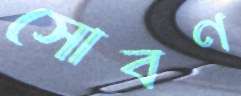
সৌবর্ণ